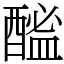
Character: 䤉